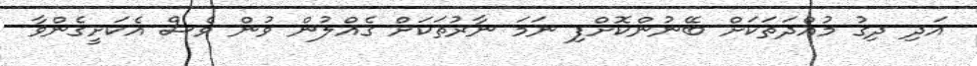
އަދި ދިގު މުއްދަތަކަށް ބޭނުންކޮށްފި ނަމަ ނާރުތަކަށް ގެއްލުން ވުން ވެސް އެކަށީގެންވާ